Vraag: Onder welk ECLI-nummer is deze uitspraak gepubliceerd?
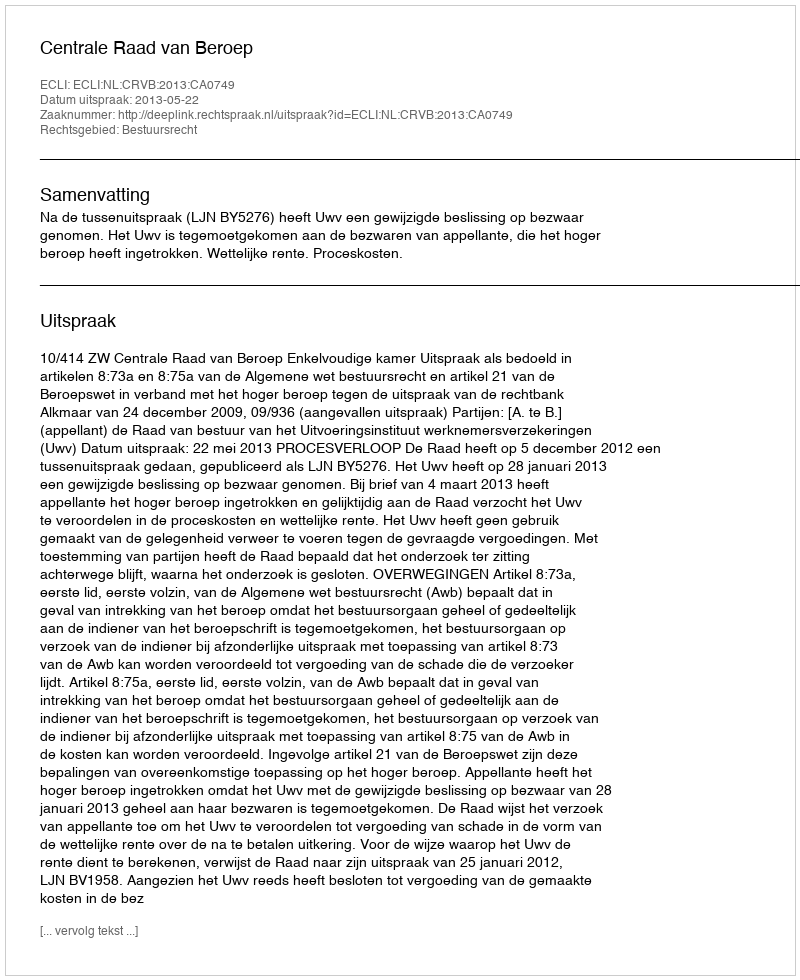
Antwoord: ECLI:NL:CRVB:2013:CA0749